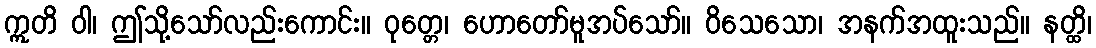
ဣတိ ဝါ၊ ဤသို့သော်လည်းကောင်း။ ဝုတ္တေ၊ ဟောတော်မူအပ်သော်။ ဝိသေသော၊ အနက်အထူးသည်။ နတ္ထိ၊